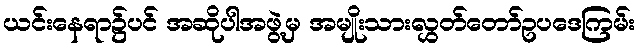
ယင်းနေရာ၌ပင် အဆိုပါအဖွဲ့မှ အမျိုးသားလွှတ်တော်ဥပဒေကြမ်း